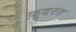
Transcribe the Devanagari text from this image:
क़़ुदरत